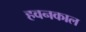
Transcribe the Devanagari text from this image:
हवनकाल